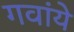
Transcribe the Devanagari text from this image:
गवांये